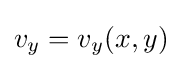
v_{y}=v_{y}(x,y)